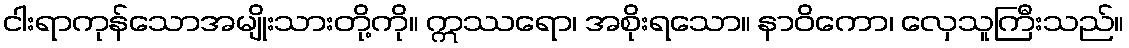
ငါးရာကုန်သောအမျိုးသားတို့ကို။ ဣဿရော၊ အစိုးရသော။ နာဝိကော၊ လှေသူကြီးသည်။